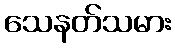
သေနတ်သမား